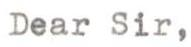
Dear Sir,